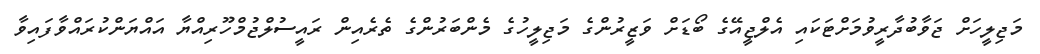
މަޖިލީހަށް ޖަވާބުދާރީވުމަށްޓަކައި އެލްޖީއޭގެ ބޯޑަށް ވަޒީރުންގެ މަޖިލީހުގެ މެންބަރުންގެ ތެރެއިން ރައީސުލްޖުމްހޫރިއްޔާ އައްޔަންކުރައްވާފައިވާ